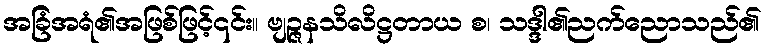
အခြံအရံ၏အဖြစ်ဖြင့်၎င်း။ ဗျဉ္ဇနသိလိဋ္ဌတာယ စ၊ သဒ္ဒါ၏ညက်ညောသည်၏